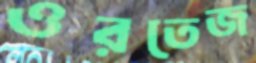
ওরতেজ